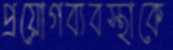
প্রয়োগব্যবস্থাকে